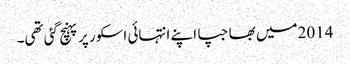
2014میں بھاجپا اپنے انتہائی اسکور پر پہنچ گئی تھی۔